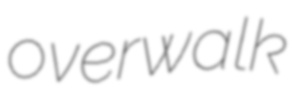
overwalk